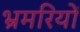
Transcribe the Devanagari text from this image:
भ्रमरियों